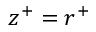
z ^ { + } = r ^ { + }